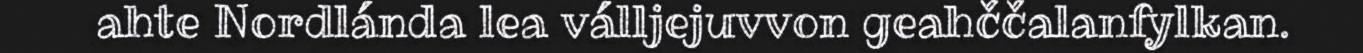
ahte Nordlánda lea válljejuvvon geahččalanfylkan.